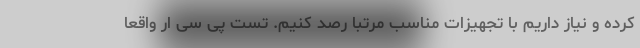
کرده و نیاز داریم با تجهیزات مناسب مرتبا رصد کنیم. تست پی سی ار واقعا